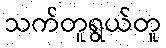
သက်တူရွယ်တူ